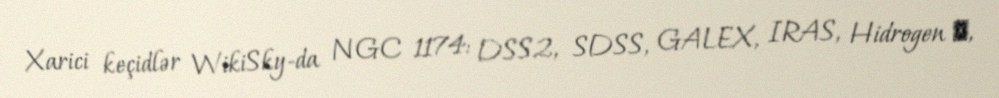
Xarici keçidlər WikiSky-da NGC 1174: DSS2, SDSS, GALEX, IRAS, Hidrogen α,